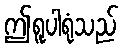
ဤရူပါရုံသည်